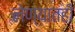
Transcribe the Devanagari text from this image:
लेण्यातही